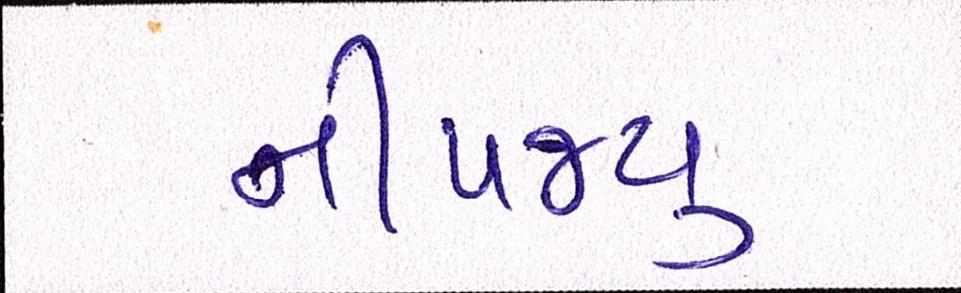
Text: નીપજ્યું